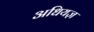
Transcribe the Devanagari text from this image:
अधियज्ञ